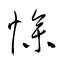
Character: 惨